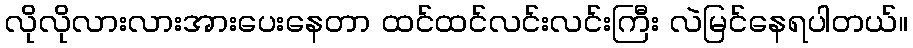
လိုလိုလားလားအားပေးနေတာ ထင်ထင်လင်းလင်းကြီး လဲမြင်နေရပါတယ်။